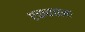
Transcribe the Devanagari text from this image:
एकवचनः